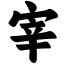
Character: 宰